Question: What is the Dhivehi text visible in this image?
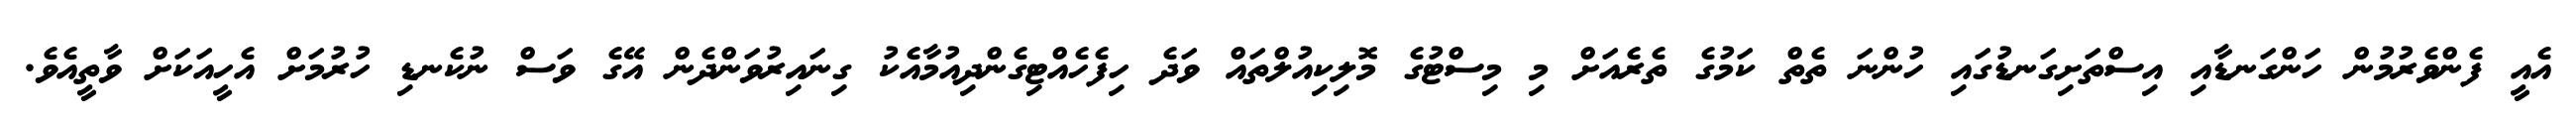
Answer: އެއީ ފެންވެރުމުން ހަންގަނޑާއި އިސްތަށިގަނޑުގައި ހުންނަ ތެތް ކަމުގެ ތެރެއަށް މި މިސްޓުގެ މޮލިކިއުލްތައް ވަދެ ހިފެހެއްޓިގެންދިއުމާއެކު ގިނައިރުވަންދެން އޭގެ ވަސް ނުކެނޑި ހުރުމަށް އެހީއަކަށް ވާތީއެވެ.